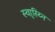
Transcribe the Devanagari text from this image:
स्वा्स्य्नि